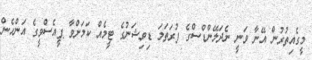
މީގެއިތުރުން އޭނާ ވަނީ ނެދަލޭންޑްސްގެ ފުރަތަމަ ޑިވިޝަނުގެ ޓީމެއް ކަމަށްވާ ޕީއެސްވީގެ އަންހެން